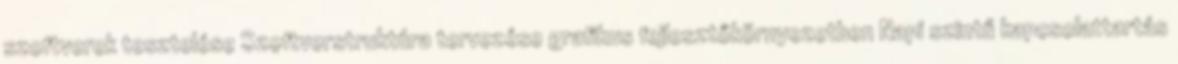
szoftverek tesztelése Szoftverstruktúra tervezése grafikus fejlesztőkörnyezetben Napi szintű kapcsolattartás